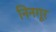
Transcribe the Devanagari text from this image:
निनगूर